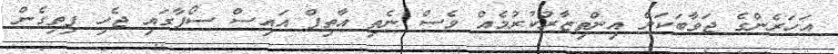
އަހަރެންގެ ޖަވާބަކަށް އިންތިޒާރުކުރުމެއް ވެސް ނެތި އާތިފް އައިސް ސޯފާގައި ޖެހި ފިތިގެން